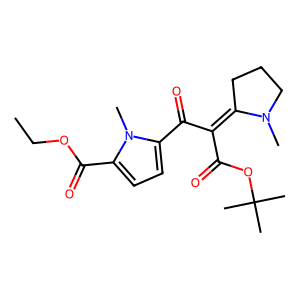
SMILES: CCOC(=O)c1ccc(C(=O)C(C(=O)OC(C)(C)C)=C2CCCN2C)n1C
Inhibits HIV replication: No